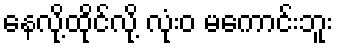
နေလို့ထိုင်လို့ လုံးဝ မကောင်းဘူး